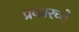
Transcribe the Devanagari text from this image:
प्रकारच्ये